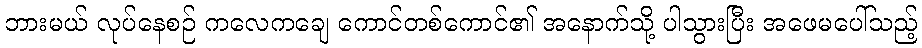
ဘားမယ် လုပ်နေစဉ် ကလေကချေ ကောင်တစ်ကောင်၏ အနောက်သို့ ပါသွားပြီး အဖေမပေါ်သည့်